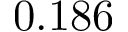
0 . 1 8 6